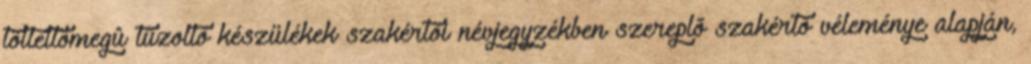
töltettömegû tûzoltó készülékek szakértõi névjegyzékben szereplõ szakértõ véleménye alapján,